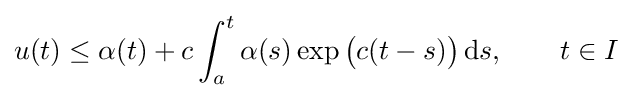
u(t)\leq \alpha (t)+c\int _{a}^{t}\alpha (s)\exp {\bigl (}c(t-s){\bigr )}\,\mathrm {d} s,\qquad t\in I